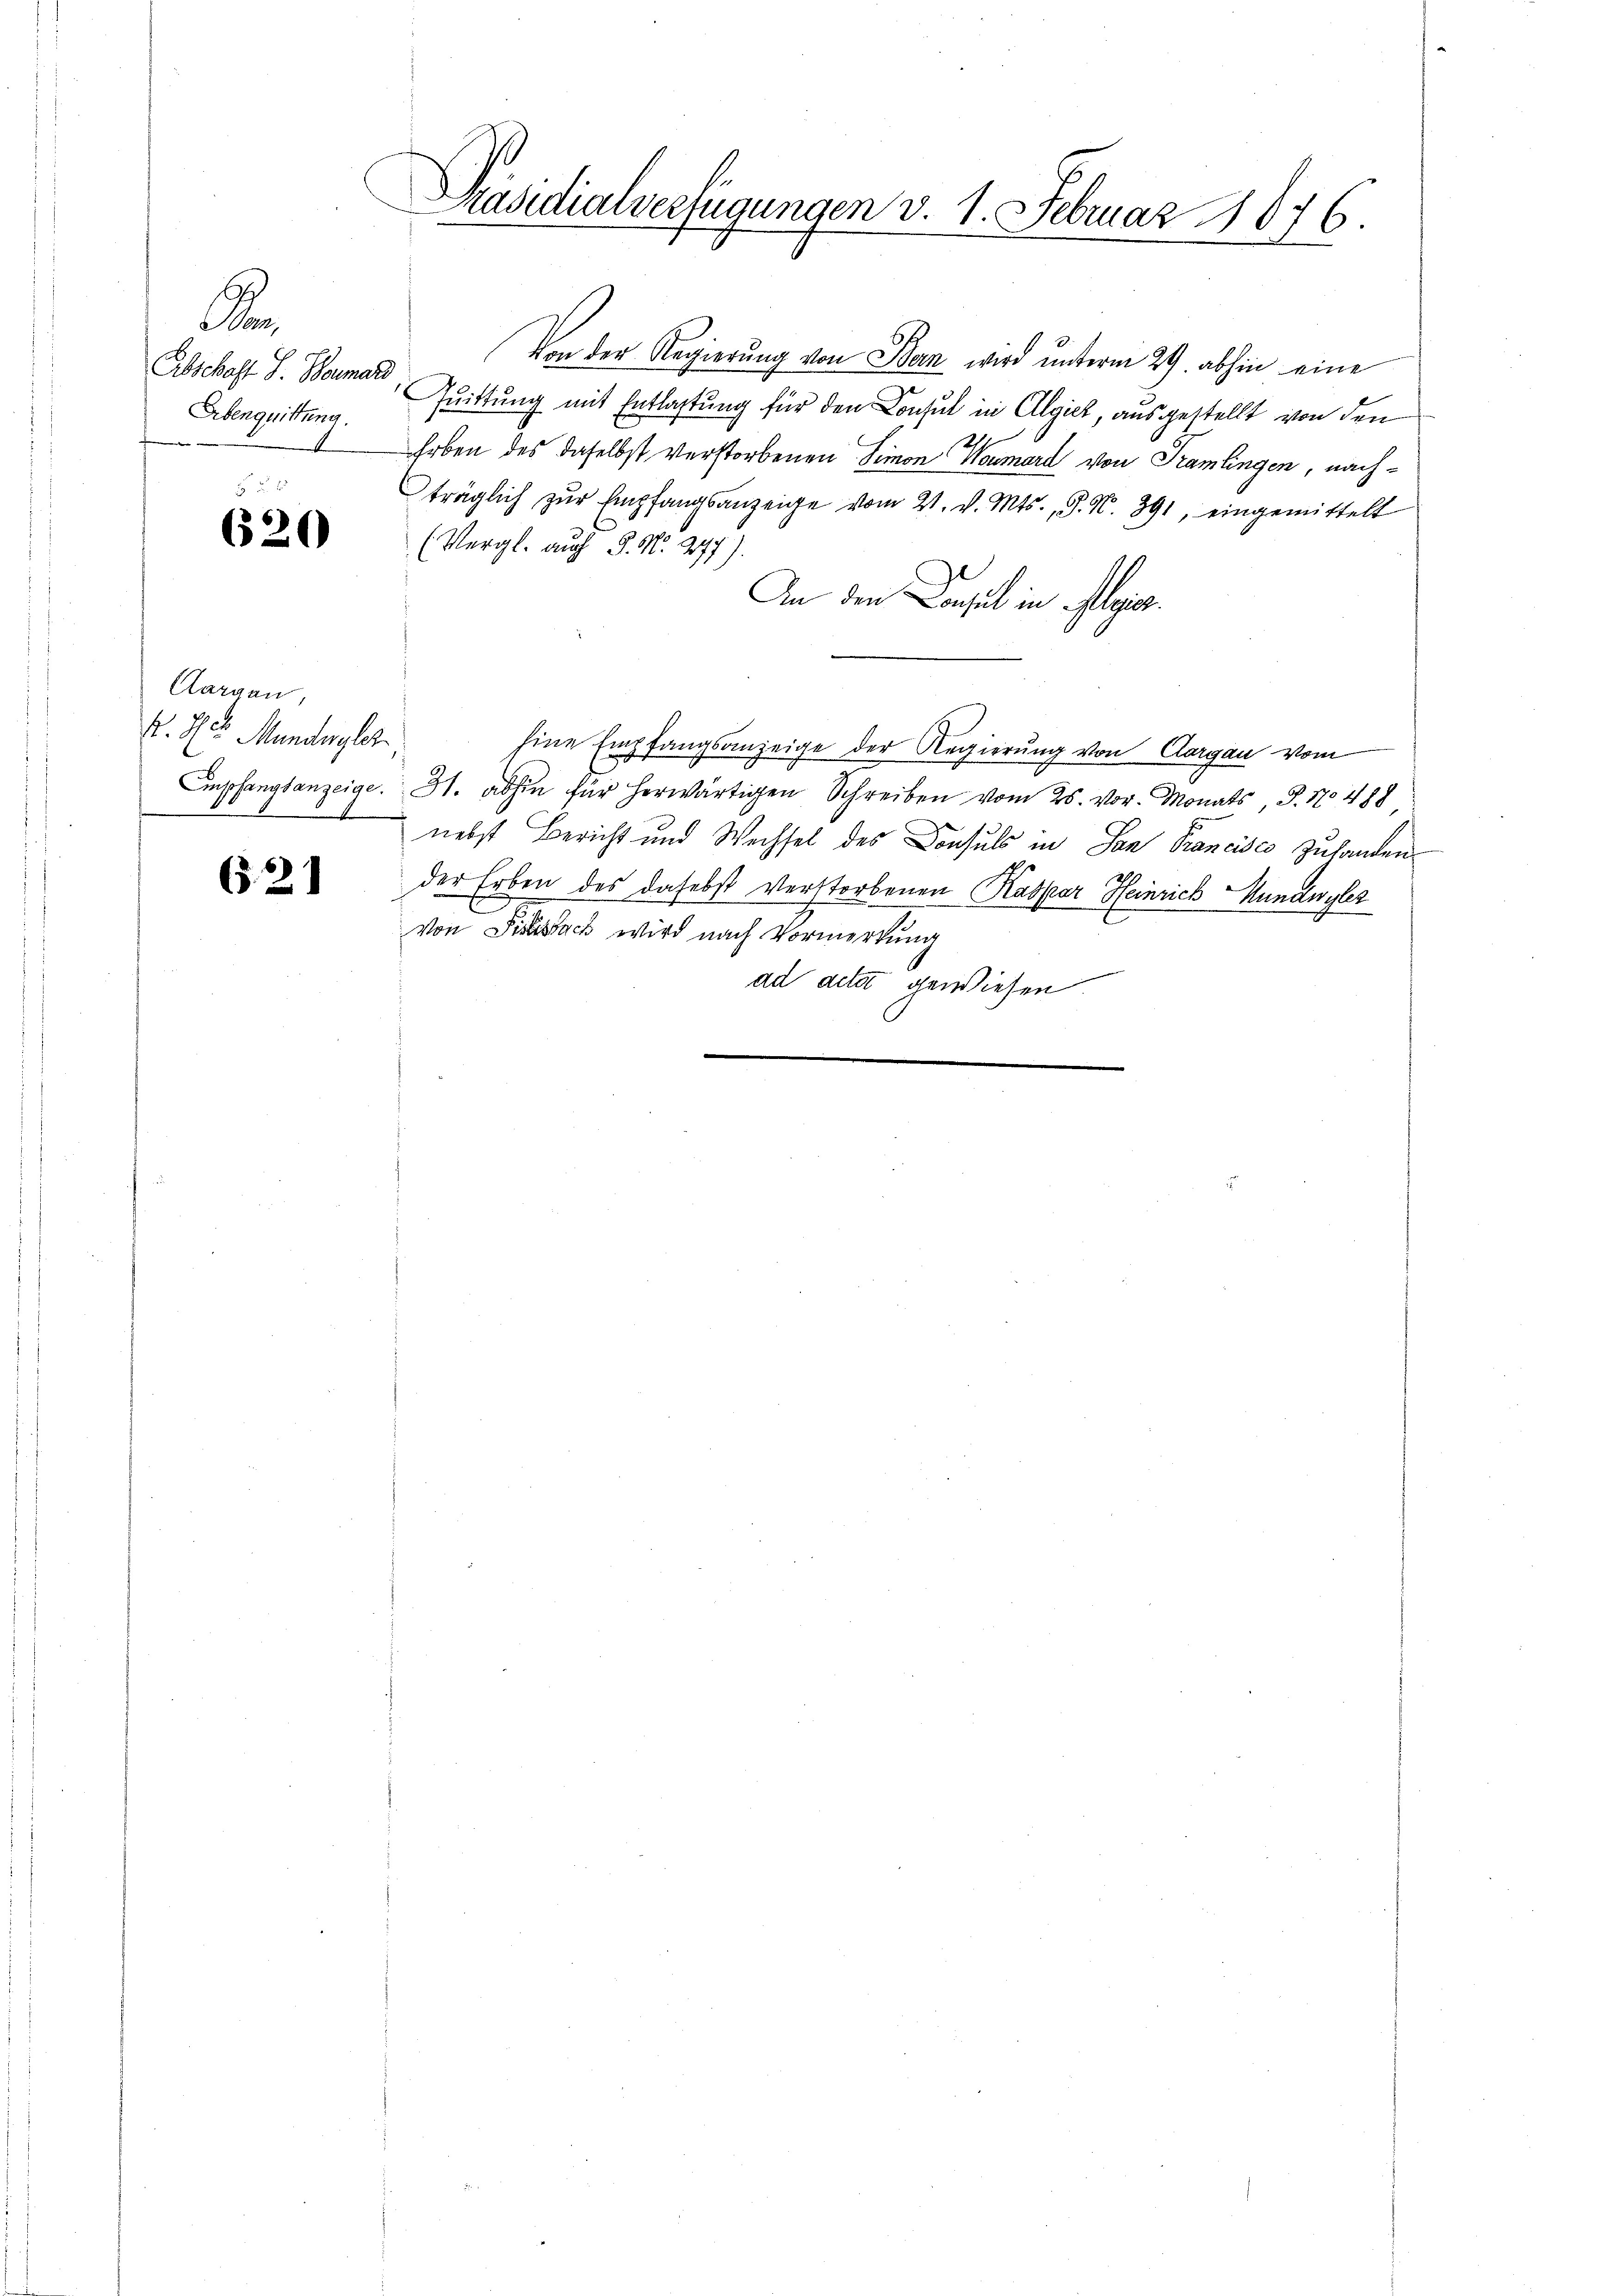
d
Abschaft S. Bernard
Erbenquittung.
A

620

Aargau,
K. H. Mündergler

621

Präsidialverfügungen v. 1. Februar 1876.
e

Von der Regierung von Dan wird unterm 29. abhin eine
Quittung mit Entlastung für den Consul in Algiet, ausgestellt von den
Erben des daselbst verstorbenen Simon Neumard von Tramlingen, nachträglich zŭr Empfangsanzeige vom 21. v. Mts., S. N. 891, eingemittelt
(Vergl. auch P. N. 277).
An den Consul in Alois.
Eine Empfangsanzeige der Regierung von Aargau vom
mspfangsanzeige. 31. abhin für herwärtigen Schreiben vom 25. vor. Monats, S. 170 488,
 nebst Bericht und Wechsel des Consuls in San Francisco zuhanden
der Erben des dahebst verstorbenen Kaspar Heinrich Mundwyler
von Ficksack wird nach Vormerkung
ad acta gewiesen.
d